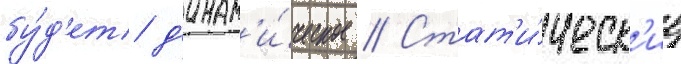
бу́д'ет д'инам'и́ческое // Стат'и́ческ'ие